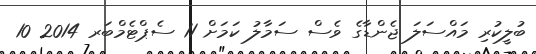
ބުލީކުރި މައްސަލަ ޖެންޑާގެ ވެސް ސަމާލު ކަމަށް 11 ސެޕްޓެމްބަރ 2014 10